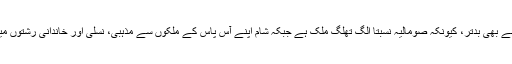
بلکہ صومالیہ سے بھی بدتر، کیونکہ صومالیہ نسبتاً الگ تھلگ ملک ہے جبکہ شام اپنے آس پاس کے ملکوں سے مذہبی، نسلی اور خاندانی رشتوں میں گندھا ہوا ہے۔